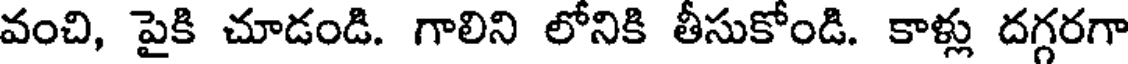
వంచి, పైకి చూడండి. గాలిని లోనికి తీసుకోండి. కాళ్లు దగ్గరగా